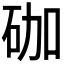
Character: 𥑆